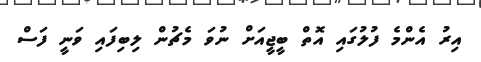
އިރު އެންމެ ފުލުގައި އޮތް ބީޖީއަށް ނުވަ މެޗުން ލިބިފައި ވަނީ ފަސް